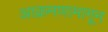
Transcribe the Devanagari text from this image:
आक्रमणामागून